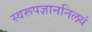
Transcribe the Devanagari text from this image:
स्वरूपज्ञाननिलयं